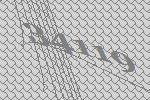
34119